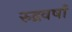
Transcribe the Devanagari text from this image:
रुद्रवर्षा